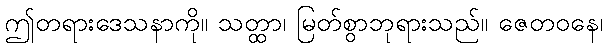
ဤတရားဒေသနာကို။ သတ္ထာ၊ မြတ်စွာဘုရားသည်။ ဇေတဝနေ၊